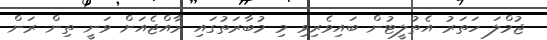
ޖުމްލަ ހަތަރު އެތުލީޓުން ބައިވެރިވި މި މުބާރަތުގައި ރާއްޖެއަށް ވަނީ ތިން ރަން